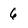
Character: 6